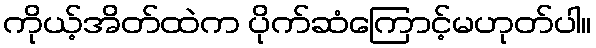
ကိုယ့်အိတ်ထဲက ပိုက်ဆံကြောင့်မဟုတ်ပါ။